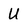
Character: U